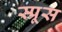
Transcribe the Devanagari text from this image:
स्‍प्रूस